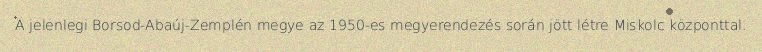
A jelenlegi Borsod-Abaúj-Zemplén megye az 1950-es megyerendezés során jött létre Miskolc központtal.